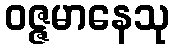
ဝဇ္ဇမာနေသု